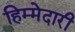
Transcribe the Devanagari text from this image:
हिम्मेदारी